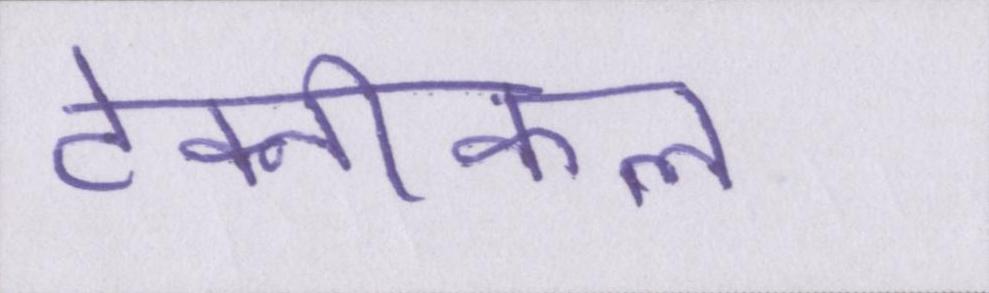
टेक्नीकल